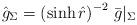
LaTeX: \begin{align*} \hat g_\Sigma = \left( \sinh \hat r \right)^{-2} \, \bar g|_\Sigma\end{align*}